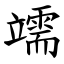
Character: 䇕